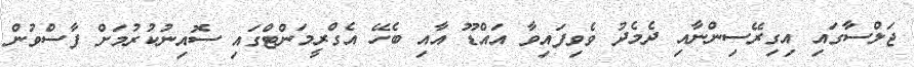
ޖަލްސާގައި އިގިރޭސިންނާއި ދެމެދު ވެވިފައިވާ އައްޑޫ އާއި ބެހޭ އެގްރީމަންޓްގައި ސޮއިނުކުރުމަށް ފާސްވުން